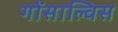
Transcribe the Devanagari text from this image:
गोंसाल्विस